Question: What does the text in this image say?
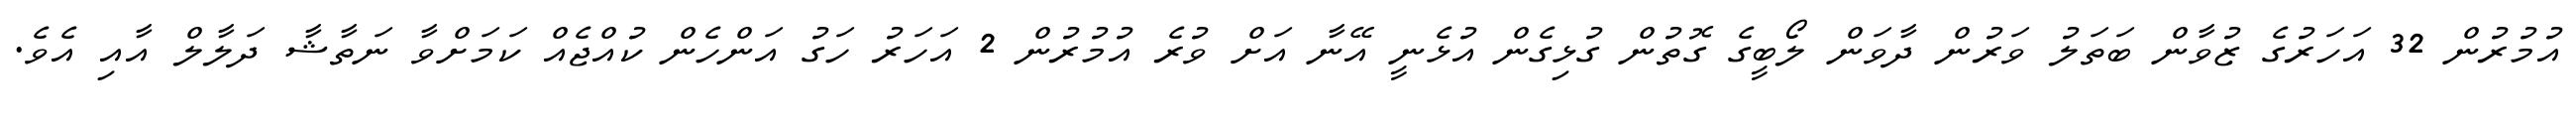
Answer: އުމުރުން 32 އަހަރުގެ ޒުވާން ބަތަލު ވަރުން ދާވަން ލޯބީގެ ގޮތުން ގުޅިގެން އުޅެނީ އޭނާ އަށް ވުރެ އުމުރުން 2 އަހަރު ހަގު އަންހެން ކުއްޖެއް ކަމަށްވާ ނަތާޝާ ދަލާލް އާއި އެވެ.